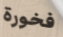
فخورة